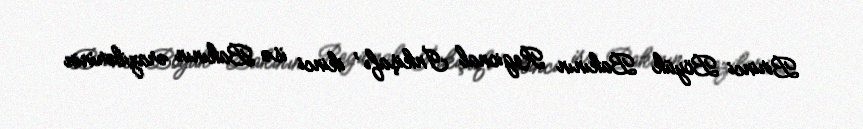
Birinci Böyük Bakının Regional İnkişafı , ikinci isə Bakının ərazilərinin